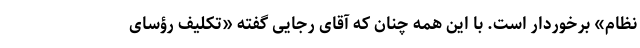
نظام» برخوردار است. با این همه چنان که آقای رجایی گفته «تکلیف رؤسای